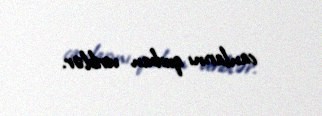
canlarını qurban veriblər.